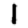
Digit: 1